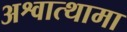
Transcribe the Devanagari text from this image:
अश्वात्थामा